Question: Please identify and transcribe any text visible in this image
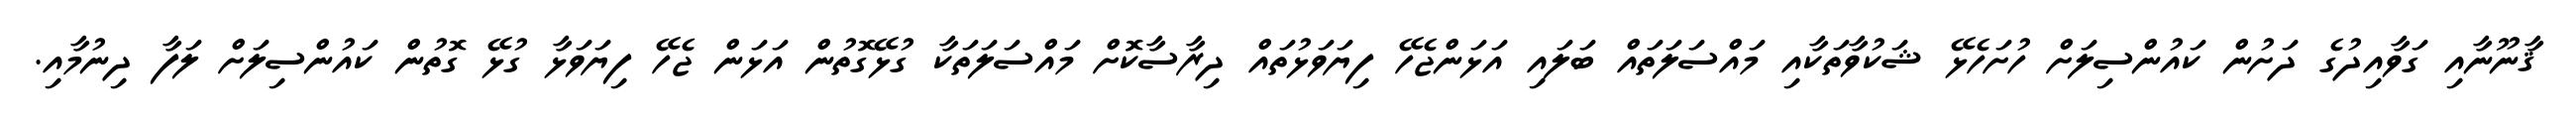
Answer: ޤާނޫނާއި ގަވާއިދުގެ ދަށުން ކައުންސިލަށް ހުށަހެޅޭ ޝަކުވާތަކާއި މައްސަލަތައް ބަލައި އަޅަންޖެހޭ ފިޔަވަޅުތައް ދިރާސާކޮށް މައްސަލަތަކާ ގުޅޭގޮތުން އަޅަން ޖެހޭ ފިޔަވަޅާ ގުޅޭ ގޮތުން ކައުންސިލަށް ލަފާ ދިނުމާއި.